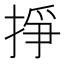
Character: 掙